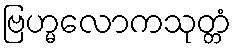
ဗြဟ္မလောကသုတ္တံ